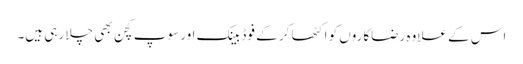
اس کے علاوہ رضاکاروں کو اکٹھا کر کے فوڈ بینک اور سوپ کچن بھی چلا رہی ہیں۔